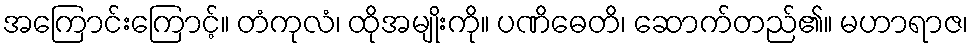
အကြောင်းကြောင့်။ တံကုလံ၊ ထိုအမျိုးကို။ ပဏိဓေတိ၊ ဆောက်တည်၏။ မဟာရာဇ၊